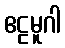
ဧဠမူဂါ